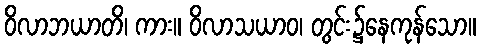
ဝိလာဘယာတိ၊ ကား။ ဝိလာသယာဝ၊ တွင်း၌နေကုန်သော။